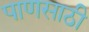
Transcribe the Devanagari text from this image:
पाणसाठी